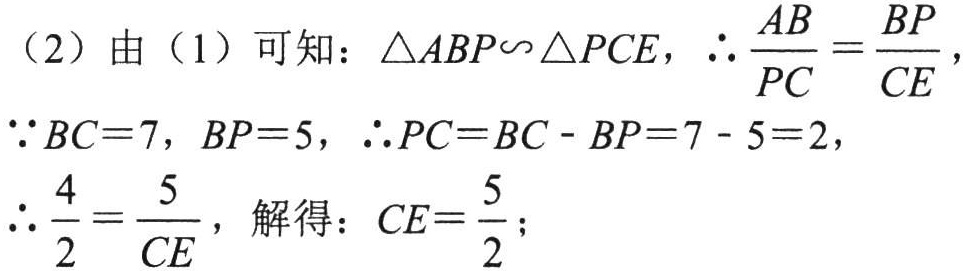
（2）由（1）可知：\(\triangle ABP\backsim\triangle PCE\)，\(\therefore\frac{AB}{PC}=\frac{BP}{CE}\)，
\(\because BC = 7\)，\(BP = 5\)，\(\therefore PC=BC - BP = 7 - 5 = 2\)，
\(\therefore\frac{4}{2}=\frac{5}{CE}\)，解得：\(CE=\frac{5}{2}\)；